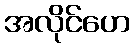
အလိုင်ဟေ